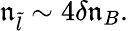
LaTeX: \mathfrak{n}_{\tilde{{l}}}\sim4\delta\mathfrak{n}_{B}.